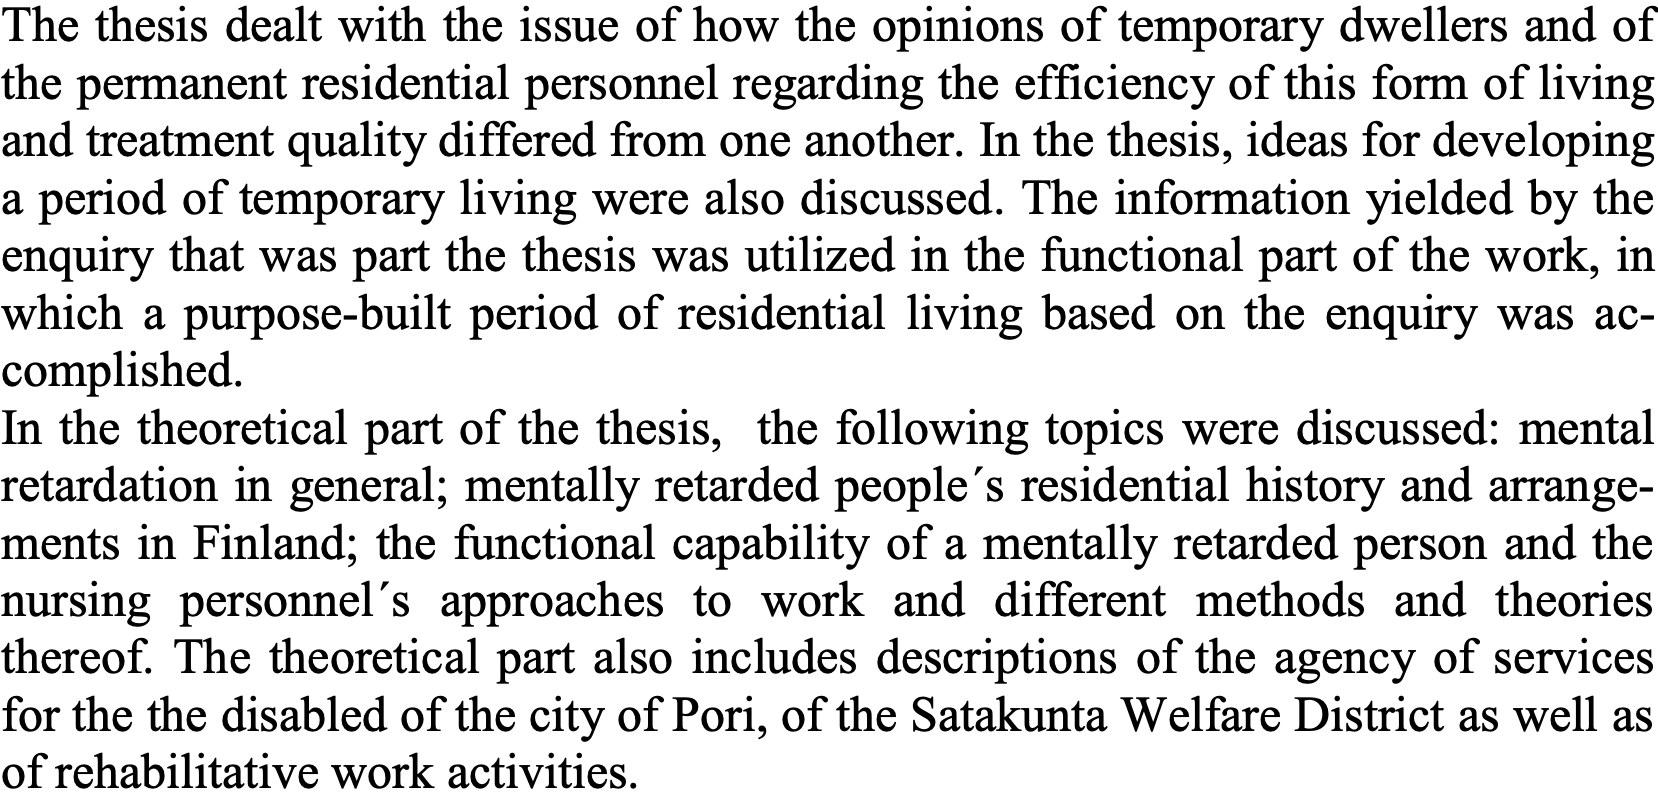
The thesis dealt with the issue of how the opinions of temporary dwellers and of the permanent residential personnel regarding the efficiency of this form of living and treatment quality differed from one another. In the thesis, ideas for developing a period of temporary living were also discussed. The information yielded by the enquiry that was part the thesis was utilized in the functional part of the work, in which a purpose-built period of residential living based on the enquiry was ac- complished. In the theoretical part of the thesis, the following topics were discussed: mental retardation in general; mentally retarded people´s residential history and arrange- ments in Finland; the functional capability of a mentally retarded person and the nursing personnel´s approaches to work and different methods and theories thereof. The theoretical part also includes descriptions of the agency of services for the the disabled of the city of Pori, of the Satakunta Welfare District as well as of rehabilitative work activities.